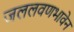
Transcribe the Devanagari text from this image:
जललवणभावेन